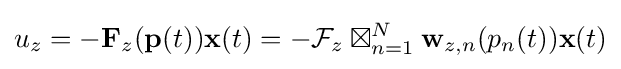
u_{z}=-\mathbf {F} _{z}(\mathbf {p} (t))\mathbf {x} (t)=-{\mathcal {F}}_{z}\boxtimes _{n=1}^{N}\mathbf {w} _{z,n}(p_{n}(t))\mathbf {x} (t)